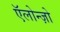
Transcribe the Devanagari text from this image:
ऍलोन्ज़ो